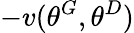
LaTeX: -v(\theta^{G},\theta^{D})